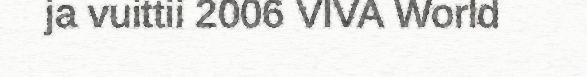
ja vuittii 2006 VIVA World